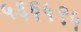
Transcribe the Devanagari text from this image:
५६६५९५